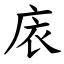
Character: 庡